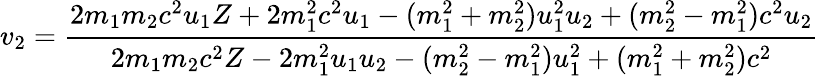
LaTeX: v_{2}={\frac{2m_{1}m_{2}c^{2}u_{1}Z+2m_{1}^{2}c^{2}u_{1}-(m_{1}^{2}+m_{2}^{2})u_{1}^{2}u_{2}+(m_{2}^{2}-m_{1}^{2})c^{2}u_{2}}{2m_{1}m_{2}c^{2}Z-2m_{1}^{2}u_{1}u_{2}-(m_{2}^{2}-m_{1}^{2})u_{1}^{2}+(m_{1}^{2}+m_{2}^{2})c^{2}}}